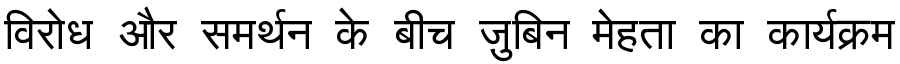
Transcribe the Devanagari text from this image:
विरोध और समर्थन के बीच ज़ुबिन मेहता का कार्यक्रम